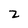
Character: z